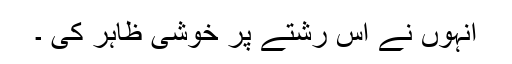
انہوں نے اس رشتے پر خوشی ظاہر کی ۔